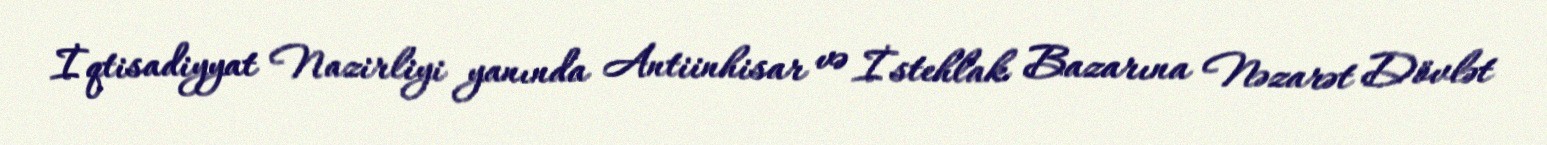
İqtisadiyyat Nazirliyi yanında Antiinhisar və İstehlak Bazarına Nəzarət Dövlət